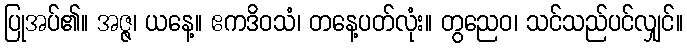
ပြုအပ်၏။ အဇ္ဇ၊ ယနေ့။ ဧကဒိဝသံ၊ တနေ့ပတ်လုံး။ တွညေဝ၊ သင်သည်ပင်လျှင်။